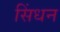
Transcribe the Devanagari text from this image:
सिंधन